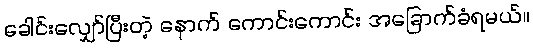
ခေါင်းလျှော်ပြီးတဲ့ နောက် ကောင်းကောင်း အခြောက်ခံရမယ်။